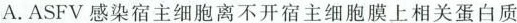
A.ASFV感染宿主细胞离不开宿主细胞膜上相关蛋白质